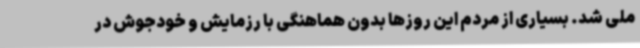
ملی شد. بسیاری از مردم این روزها بدون هماهنگی با رزمایش و خودجوش در